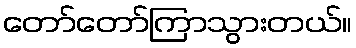
တော်တော်ကြာသွားတယ်။